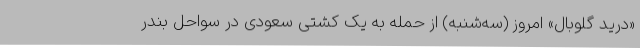
«درید گلوبال» امروز (سه‌شنبه) از حمله به یک کشتی سعودی در سواحل بندر